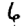
Digit: 6